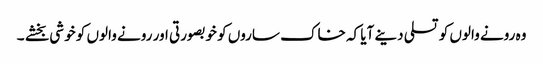
وہ رونے والوں کو تسلی دینے آیا کہ خاک ساروں کو خوبصورتی اور رونے والوں کو خوشی بخشے ۔